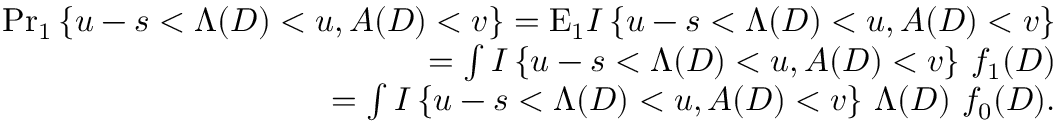
\begin{array} { r l r } & { } & { { \operatorname* { P r } } _ { 1 } \left\{ u - s < \Lambda ( D ) < u , A ( D ) < v \right\} = \mathrm { E } _ { 1 } I \left\{ u - s < \Lambda ( D ) < u , A ( D ) < v \right\} } \\ & { } & { \quad = \int I \left\{ u - s < \Lambda ( D ) < u , A ( D ) < v \right\} \, f _ { 1 } ( D ) } \\ & { } & { \quad = \int I \left\{ u - s < \Lambda ( D ) < u , A ( D ) < v \right\} \, \Lambda ( D ) \, \, f _ { 0 } ( D ) . } \end{array}